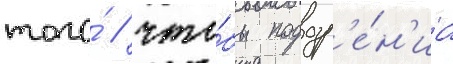
того́ / что́бы подозр'е́н'иа